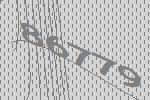
86779